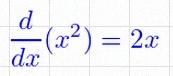
\frac{d}{dx}(x^2)=2x